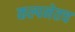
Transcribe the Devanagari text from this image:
कल्पनेतच